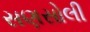
સણસોલી